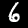
Label: 6